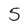
Character: 5